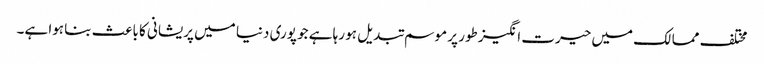
مختلف ممالک میں حیرت انگیز طور پر موسم تبدیل ہو رہا ہے جو پوری دنیا میں پریشانی کا باعث بنا ہوا ہے۔